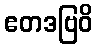
ဧတဒဗြဝိ